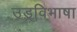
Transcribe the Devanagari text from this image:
उड्रविभाषा